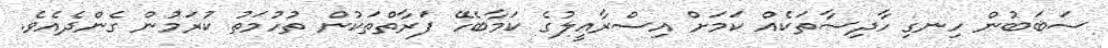
ސަބަބުން ހިނގި ހާދިސާތަކެއް ކަމަށް އިސްރާއީލުގެ ކަމާބެހޭ ފަރާތްތަކުން ތުހުމަތު ކުރަމުން ގެންދެއެވެ.